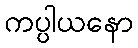
ကပ္ပါယနော